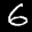
Label: 6